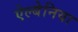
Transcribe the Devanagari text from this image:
ऐल्बेनिया